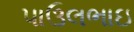
પાઉલભાઇ